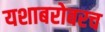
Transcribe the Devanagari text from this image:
यशाबरोबरच